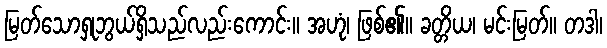
မြတ်သောရှုဘွယ်ရှိသည်လည်းကောင်း။ အဟုံ၊ ဖြစ်၏။ ခတ္တိယ၊ မင်းမြတ်။ တဒါ၊